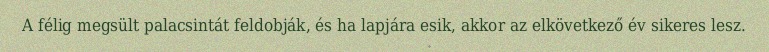
A félig megsült palacsintát feldobják, és ha lapjára esik, akkor az elkövetkező év sikeres lesz.